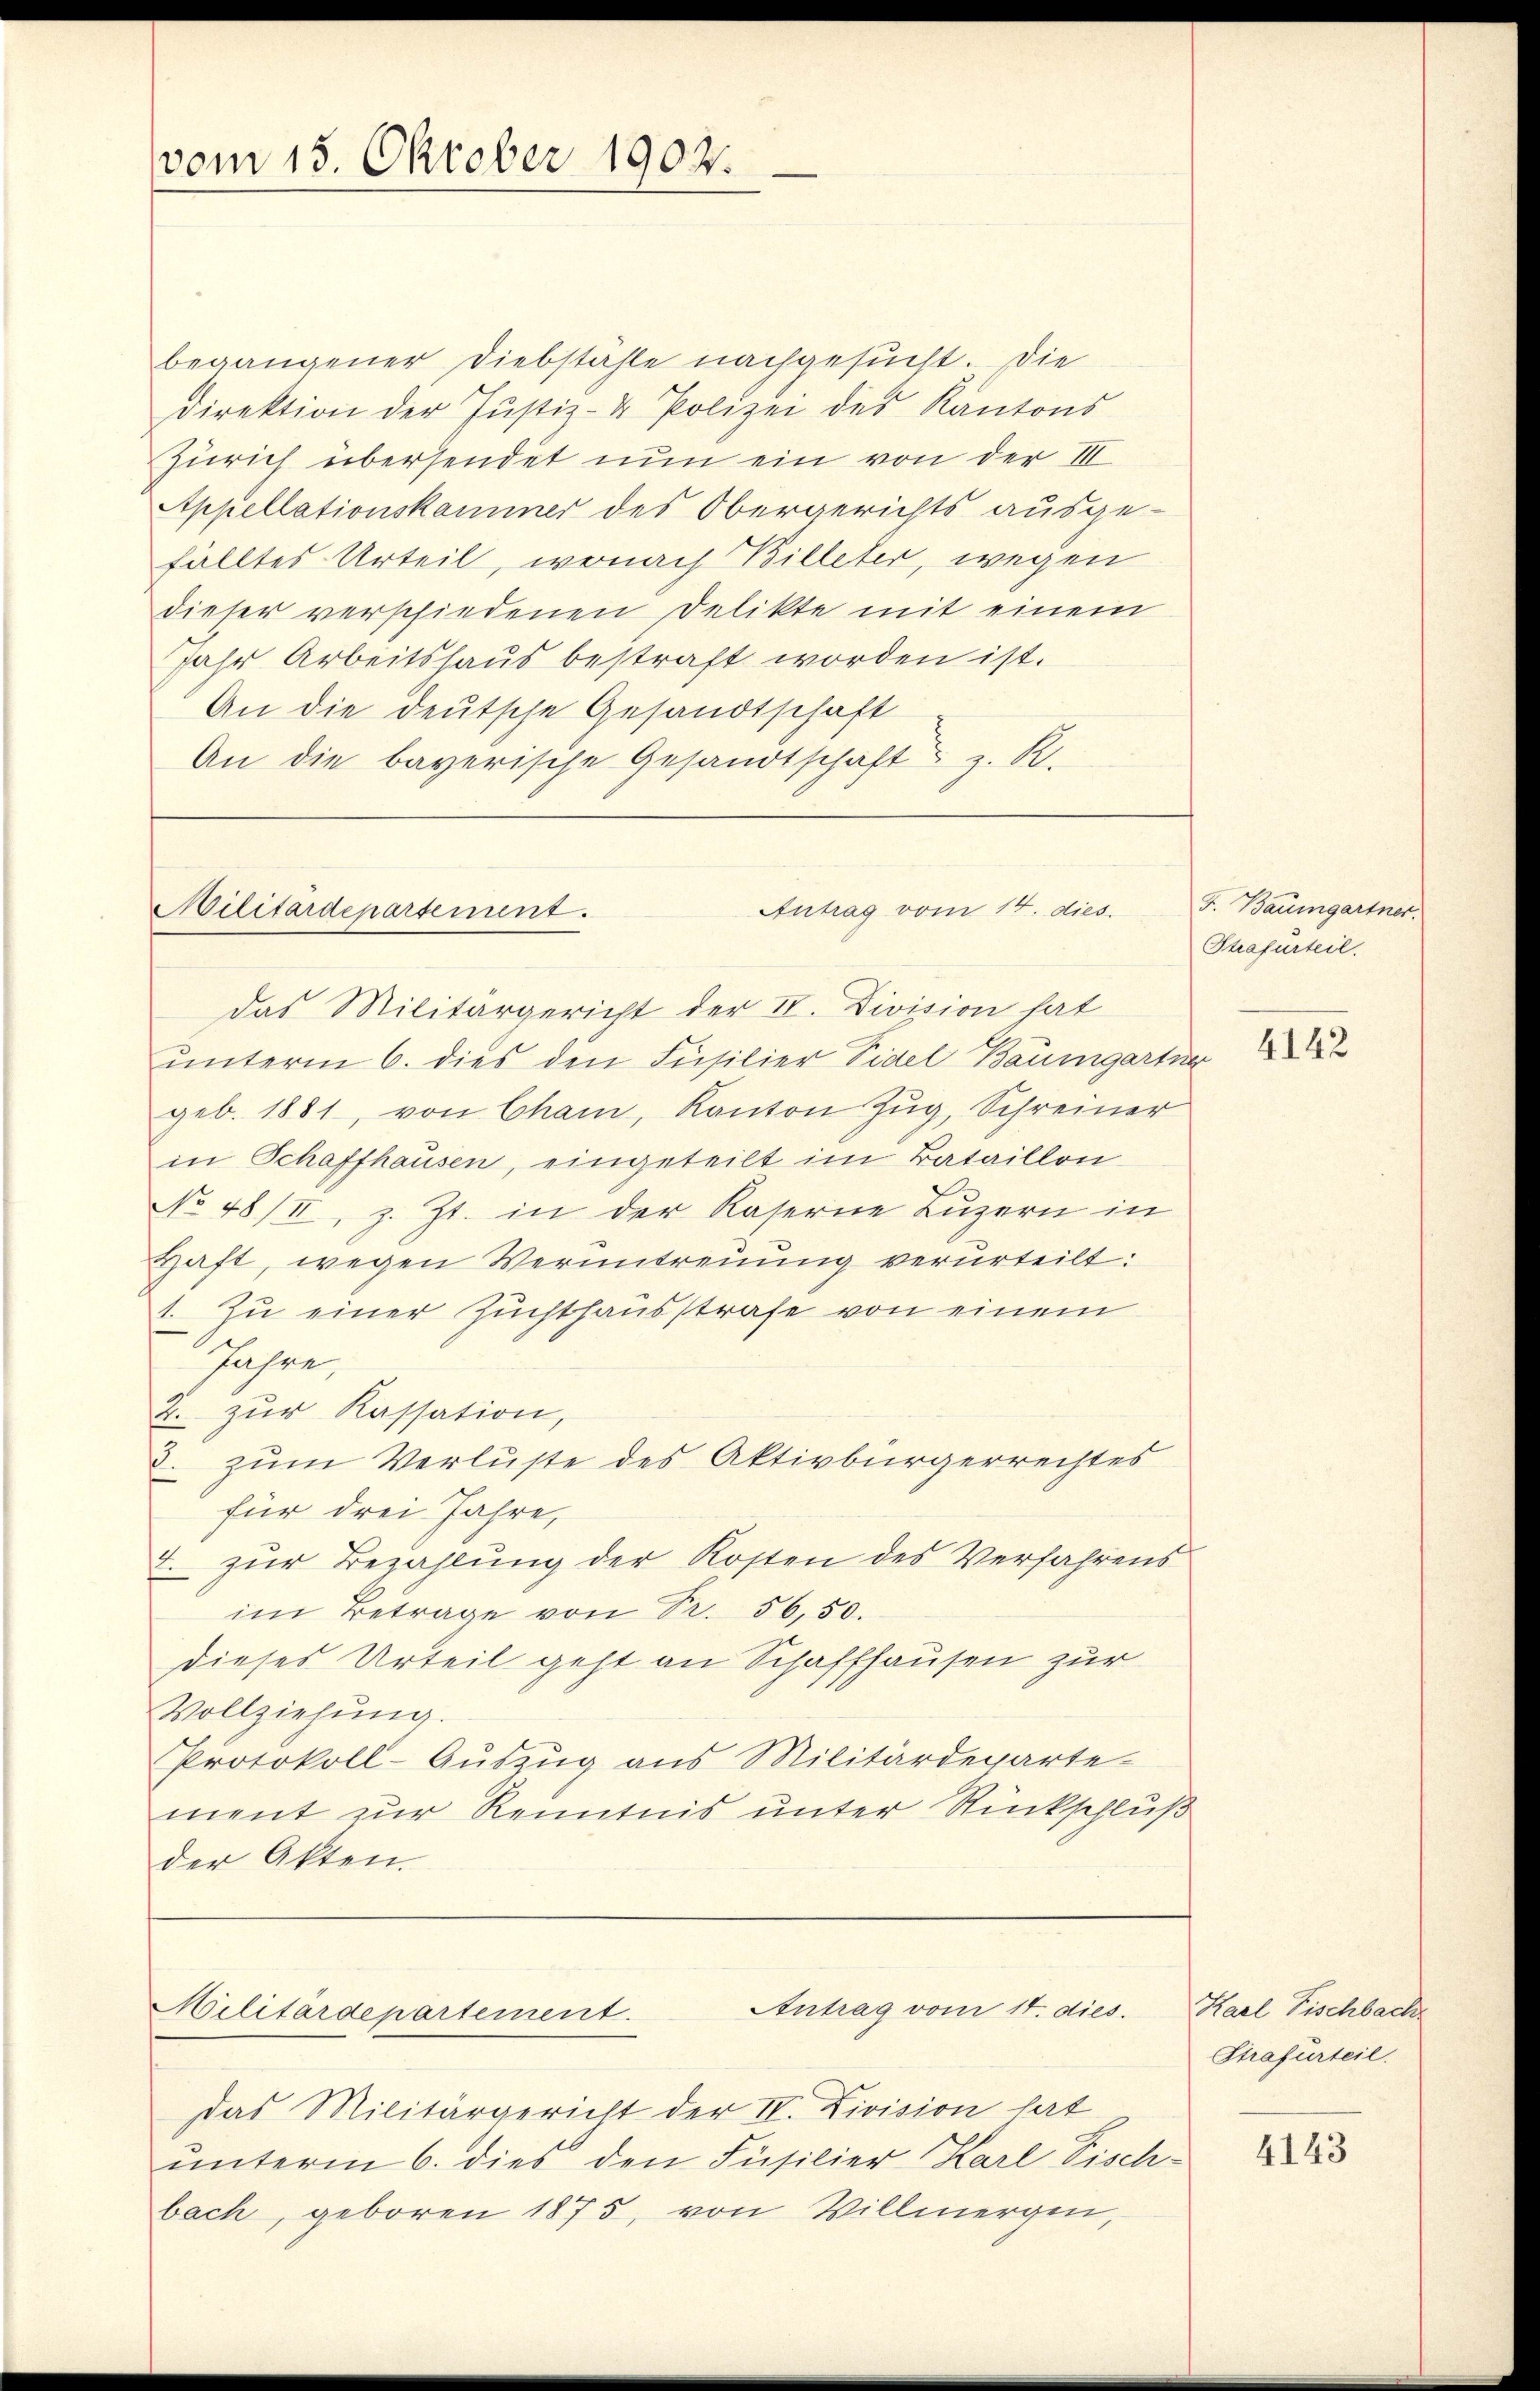
vom 15. Oktober 1902.

begangener Diebstähle nachgesucht. Die
direktion der Justiz- & Polizei des Kantons
Zürich übersendet nun ein von der III.
Appellationskammer des Obergerichts ausge-
fälltes Urteil, wonach Billeter, wegen
dieser verschiedenen Delikte mit einem
Jahr Arbeitshaus bestraft worden ist.
An die deutsche Gesandtschaft
An die bayerische Gesandtschaft z. R.

Militärdepartement.

Antrag vom 14. dies

das Militärgericht der IV. Division hat
ŭnterm 6. dies den Füsilier Fidel Baumgartür
geb. 1881, von Cham, Kanton Zŭg, Schreiner
in Schaffhausen, eingeteilt im Bataillon
No 48/II, z. Zt. in der Kaserne Luzern in
Haft, wegen Veruntreuung verurteilt:
1. Zu einer Zuchthausstrafe von einem
Jahre,
2. zur Kassation,
. zum Verluste des Aktivbürgerrechtes
für drei Jahre,
. zŭr Bezahlung der Kosten des Verfahrens
im Betrage von Sr. 56,50.
dieses Urteil geht an Schaffhausen zur
Vollziehung.
Protokoll-Auszug aus Militärdeparte-
ment zur Kenntnis unter Rückschluß
der Akten.

Antrag vom 14. dies.
Militärdepartement.

das Militärgericht der IV. Livision hat
unterm 6. dies den Füsilier Karl Pisch-
bach, geboren 1875, von Villmergen,

F. Baumgartner.
Strafurteil.

4142

Karl Fischbach
Strafurteil.

4143